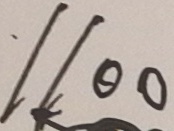
1 1 0 0